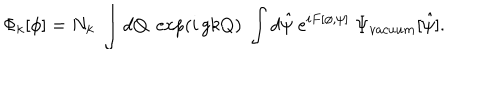
LaTeX: \Phi _ { k } [ \phi ] = N _ { k } ~ \int d Q \; \exp ( i \, g k Q ) \; \int d \hat { \psi } ~ e ^ { i F [ \phi , \psi ] } ~ \Psi _ { v a c u u m } [ \hat { \psi } ] .